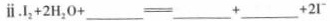
ⅱ. I_{2}+2H_{2}O+___ \xlongequal[]{} ___+___+2I^{-}